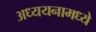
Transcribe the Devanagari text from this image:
अध्ययनामध्ये